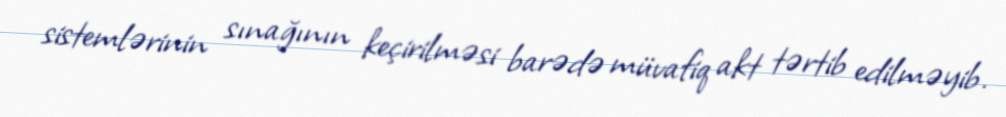
sistemlərinin sınağının keçirilməsi barədə müvafiq akt tərtib edilməyib.